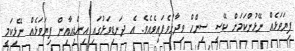
ފިޔަވަޅެއް ނޭޅުންކަމަށް ކޭސީ ސިންހް ވިދާޅުވެފައިވެއެވެ. އެ ދަނޑިވަޅުގައި އިންޑިއާއިން ފިޔަވަޅެއް ނޭޅިކަމީ